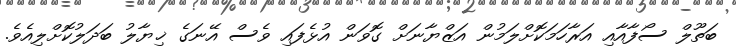
ބަތޫލް ސޯފާއާއި އަރާހަމަކޮށްލަމުން އަޒްޔާނަށް ގޮވަން އުޅެފައި ވެސް އޭނަގެ ޚިޔާލު ބަދަލުކޮށްލިއެވެ.